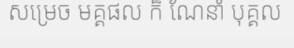
សម្រេច មគ្គផល ក៏ ណែនាំ បុគ្គល